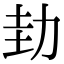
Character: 劸